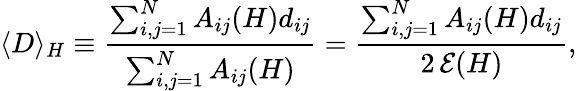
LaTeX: \langle D\rangle_{H}\equiv\frac{\sum_{i,j=1}^{N}A_{ij}(H)d_{ij}}{\sum_{i,j=1}^{N}A_{ij}(H)}=\frac{\sum_{i,j=1}^{N}A_{ij}(H)d_{ij}}{2\, \mathcal{E}(H)},